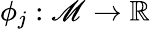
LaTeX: \phi_{j}:\mathscr{M}\rightarrow\mathbb{R}